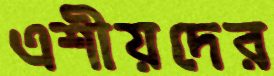
এশীয়দের